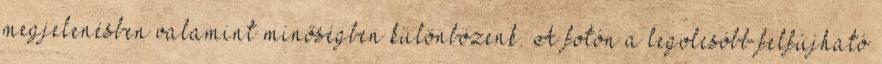
megjelenésben valamint minőségben különbözenk. A fotón a legolcsóbb felfújható